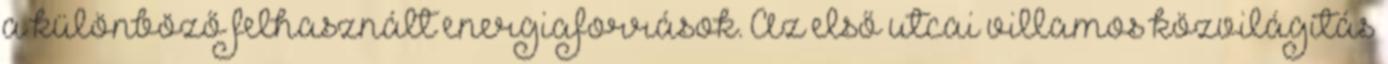
a különböző felhasznált energiaforrások. Az első utcai villamos közvilágítás